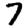
Digit: 7